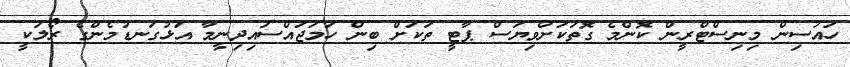
ހައުސިން މިނިސްޓްރީން ކޮންމެ ގޮތަކަށްވިޔަސް ޕާޓީ ތަކަށް ބިން ހަމަޖައްސައިދިނީމާ އަޅުގަނޑުމެންގެ ރޯލަކީ